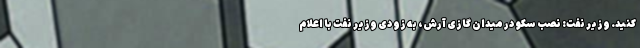
کنید. وزیر نفت: نصب سکو در میدان گازی آرش، به زودی وزیر نفت با اعلام